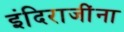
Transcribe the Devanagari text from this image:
इंदिराजींना